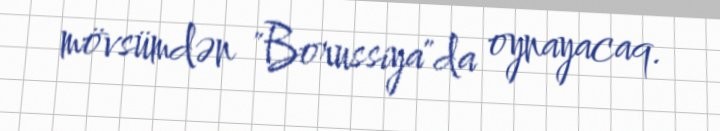
mövsümdən "Borussiya"da oynayacaq.